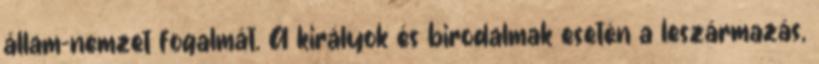
állam-nemzet fogalmát. A királyok és birodalmak esetén a leszármazás,